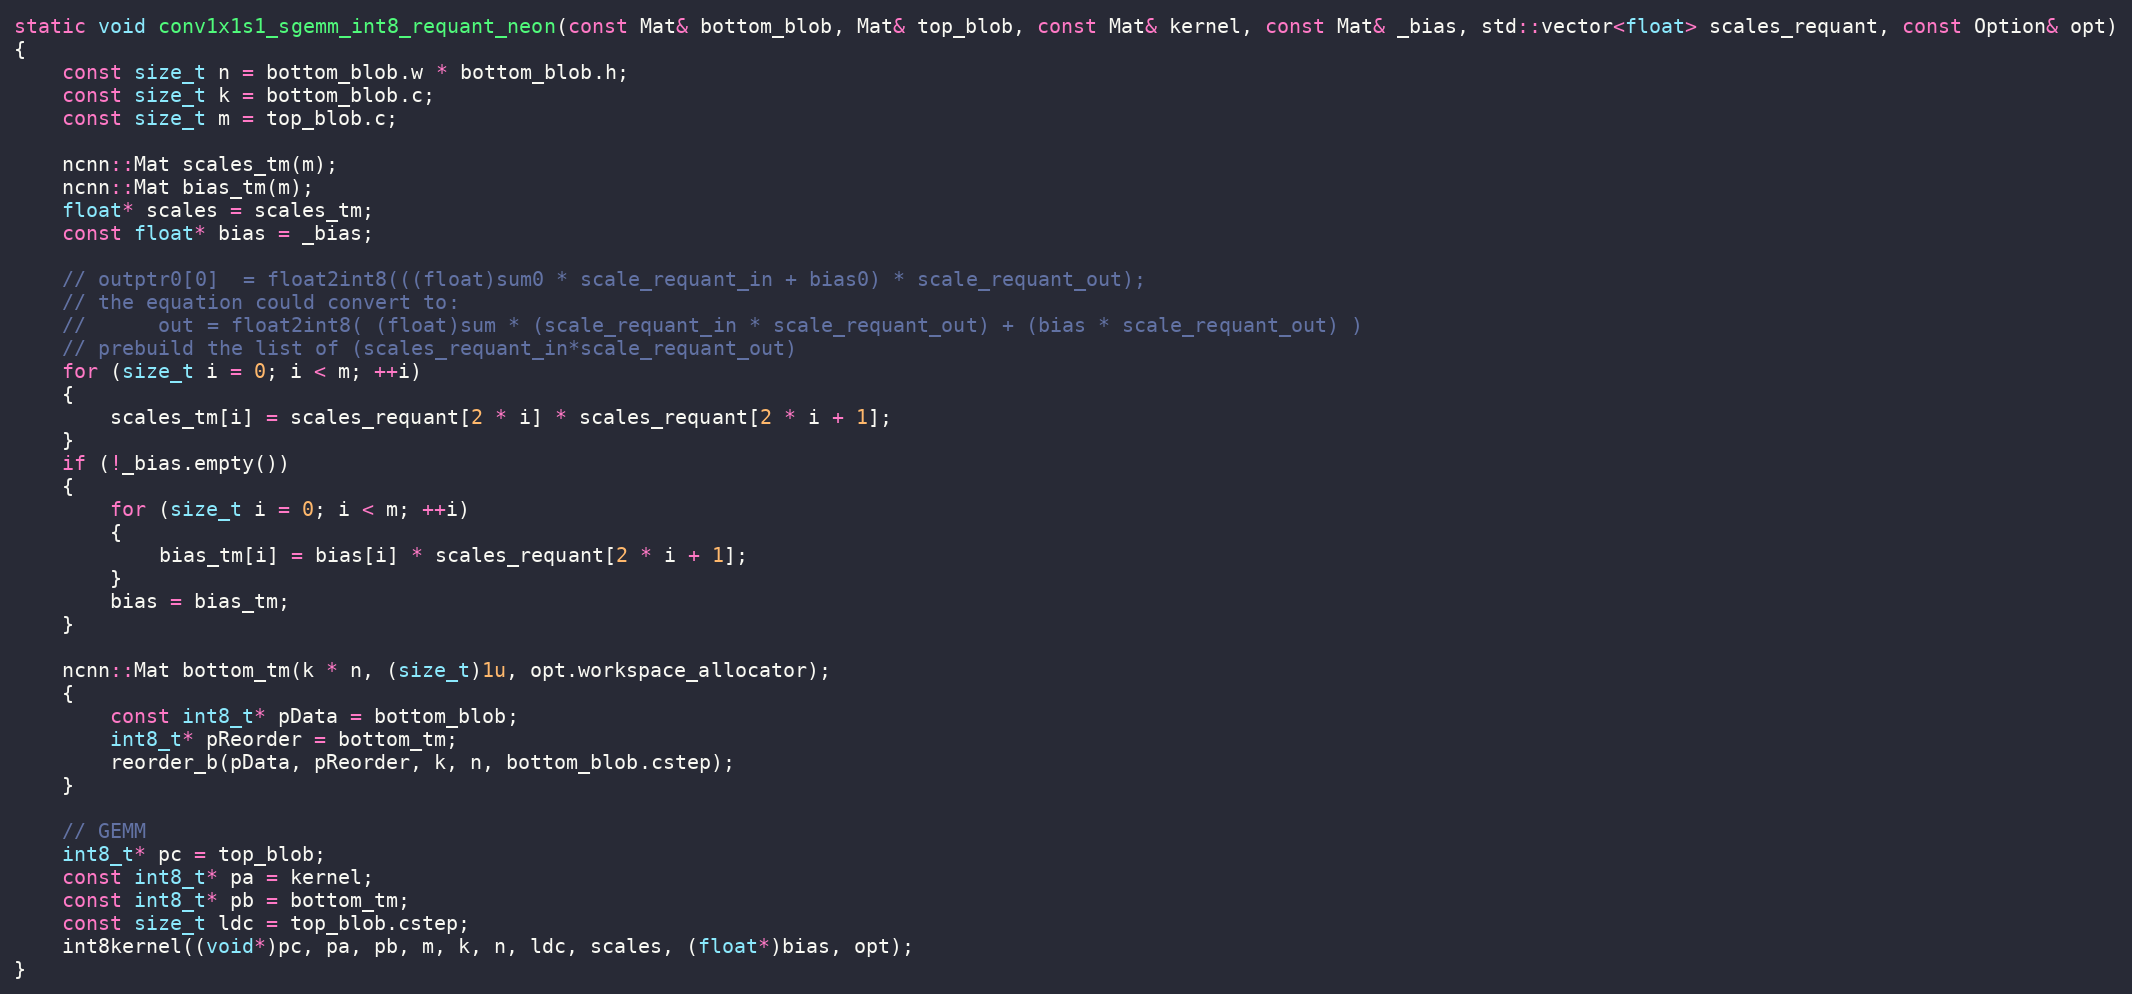
Language: C
static void conv1x1s1_sgemm_int8_requant_neon(const Mat& bottom_blob, Mat& top_blob, const Mat& kernel, const Mat& _bias, std::vector<float> scales_requant, const Option& opt)
{
    const size_t n = bottom_blob.w * bottom_blob.h;
    const size_t k = bottom_blob.c;
    const size_t m = top_blob.c;

    ncnn::Mat scales_tm(m);
    ncnn::Mat bias_tm(m);
    float* scales = scales_tm;
    const float* bias = _bias;

    // outptr0[0]  = float2int8(((float)sum0 * scale_requant_in + bias0) * scale_requant_out);
    // the equation could convert to:
    //      out = float2int8( (float)sum * (scale_requant_in * scale_requant_out) + (bias * scale_requant_out) )
    // prebuild the list of (scales_requant_in*scale_requant_out)
    for (size_t i = 0; i < m; ++i)
    {
        scales_tm[i] = scales_requant[2 * i] * scales_requant[2 * i + 1];
    }
    if (!_bias.empty())
    {
        for (size_t i = 0; i < m; ++i)
        {
            bias_tm[i] = bias[i] * scales_requant[2 * i + 1];
        }
        bias = bias_tm;
    }

    ncnn::Mat bottom_tm(k * n, (size_t)1u, opt.workspace_allocator);
    {
        const int8_t* pData = bottom_blob;
        int8_t* pReorder = bottom_tm;
        reorder_b(pData, pReorder, k, n, bottom_blob.cstep);
    }

    // GEMM
    int8_t* pc = top_blob;
    const int8_t* pa = kernel;
    const int8_t* pb = bottom_tm;
    const size_t ldc = top_blob.cstep;
    int8kernel((void*)pc, pa, pb, m, k, n, ldc, scales, (float*)bias, opt);
}